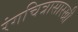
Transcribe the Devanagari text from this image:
रंगचित्रासारखी